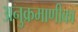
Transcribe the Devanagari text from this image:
अनुक्रमाणीका